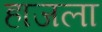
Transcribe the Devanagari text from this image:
हाजला